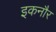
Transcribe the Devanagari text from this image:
इकनौर